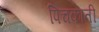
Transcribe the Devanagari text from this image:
पिचकाती